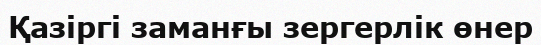
Қазіргі заманғы зергерлік өнер